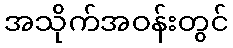
အသိုက်အဝန်းတွင်